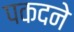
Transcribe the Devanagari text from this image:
पकदने